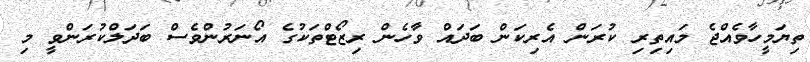
ތިޔަމީހާވެއްޖެ މައިތިރި ކުރަން އެރިކަން ބަދައް ވާހެން ރިޒޯޓްތަކުގެ އޯނަރުންވެސް ބަދަލްކުރަންވީ މި